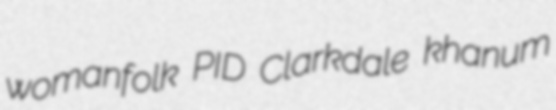
womanfolk PID Clarkdale khanum